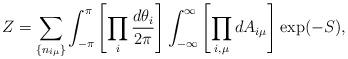
LaTeX: \begin{align*}Z=\sum_{\{n_{i\mu}\}}\int_{-\pi}^\pi\left[\prod_i\frac{d\theta_i}{2\pi}\right]\int_{-\infty}^\infty\left[\prod_{i,\mu}dA_{i\mu}\right]\exp(-S),\end{align*}